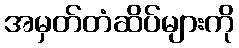
အမှတ်တံဆိပ်များကို